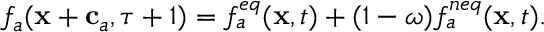
f _ { a } ( \mathbf { x } + \mathbf { c } _ { a } , \tau + 1 ) = f _ { a } ^ { e q } ( \mathbf { x } , t ) + ( 1 - \omega ) f _ { a } ^ { n e q } ( \mathbf { x } , t ) .